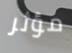
مؤثر